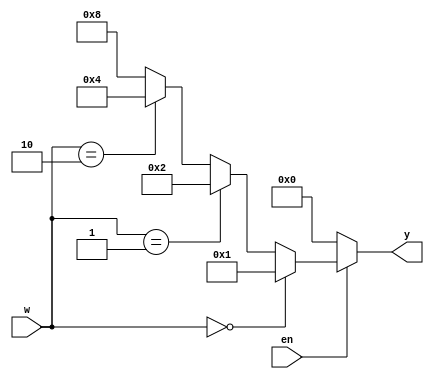
module decoder24(w,y,en);
input [1:0] w;
input en;
output [3:0] y;
reg [3:0] y;

always @ (w or en)
if(en==0)
y=0;
else
	begin
		if(w==0)
			y=1;
		else if(w==1)
			y=2;
		else if(w==2)
			y=4;
		else 
			y=8;
	end
endmodule